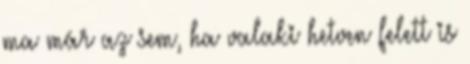
ma már az sem, ha valaki hetven felett is